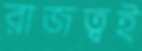
রাজত্বই